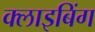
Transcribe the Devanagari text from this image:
क्लाइबिंग